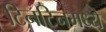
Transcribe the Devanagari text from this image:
टिनटिनमध्ये